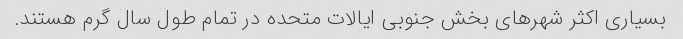
بسیاری اکثر شهرهای بخش جنوبی ایالات متحده در تمام طول سال گرم هستند.